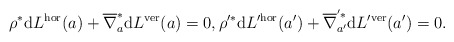
\begin{gather*} \rho ^\ast \mathrm{d} L ^\textup{hor} (a) + \overline{ \nabla }_a ^\ast \mathrm{d} L ^\textup{ver} (a) = 0 , \rho ^{\prime \ast} \mathrm{d} L ^{\prime \textup{hor}} (a ^\prime ) + \overline{ \nabla } _{a ^\prime } ^{^\prime \ast} \mathrm{d} L ^{\prime \textup{ver}} (a ^\prime ) = 0 . \end{gather*}